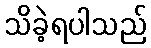
သိခဲ့ရပါသည်